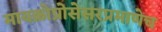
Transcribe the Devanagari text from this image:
मायक्रोप्रोसेसरप्रमाणेच